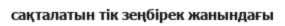
сақталатын тік зеңбірек жанындағы